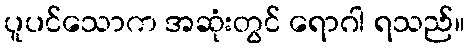
ပူပင်သောက အဆုံးတွင် ရောဂါ ရသည်။